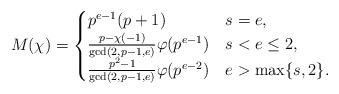
LaTeX: \begin{align*}M(\chi)=\begin{cases}p^{e-1}(p+1) & s=e, \\\frac{p-\chi(-1)}{\gcd(2,p-1,e)}\varphi(p^{e-1})& s<e\le2,\\\frac{p^2-1}{\gcd(2,p-1,e)}\varphi(p^{e-2})& e>\max\{s,2\}.\end{cases}\end{align*}